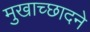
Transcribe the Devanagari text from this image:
मुखाच्छादने